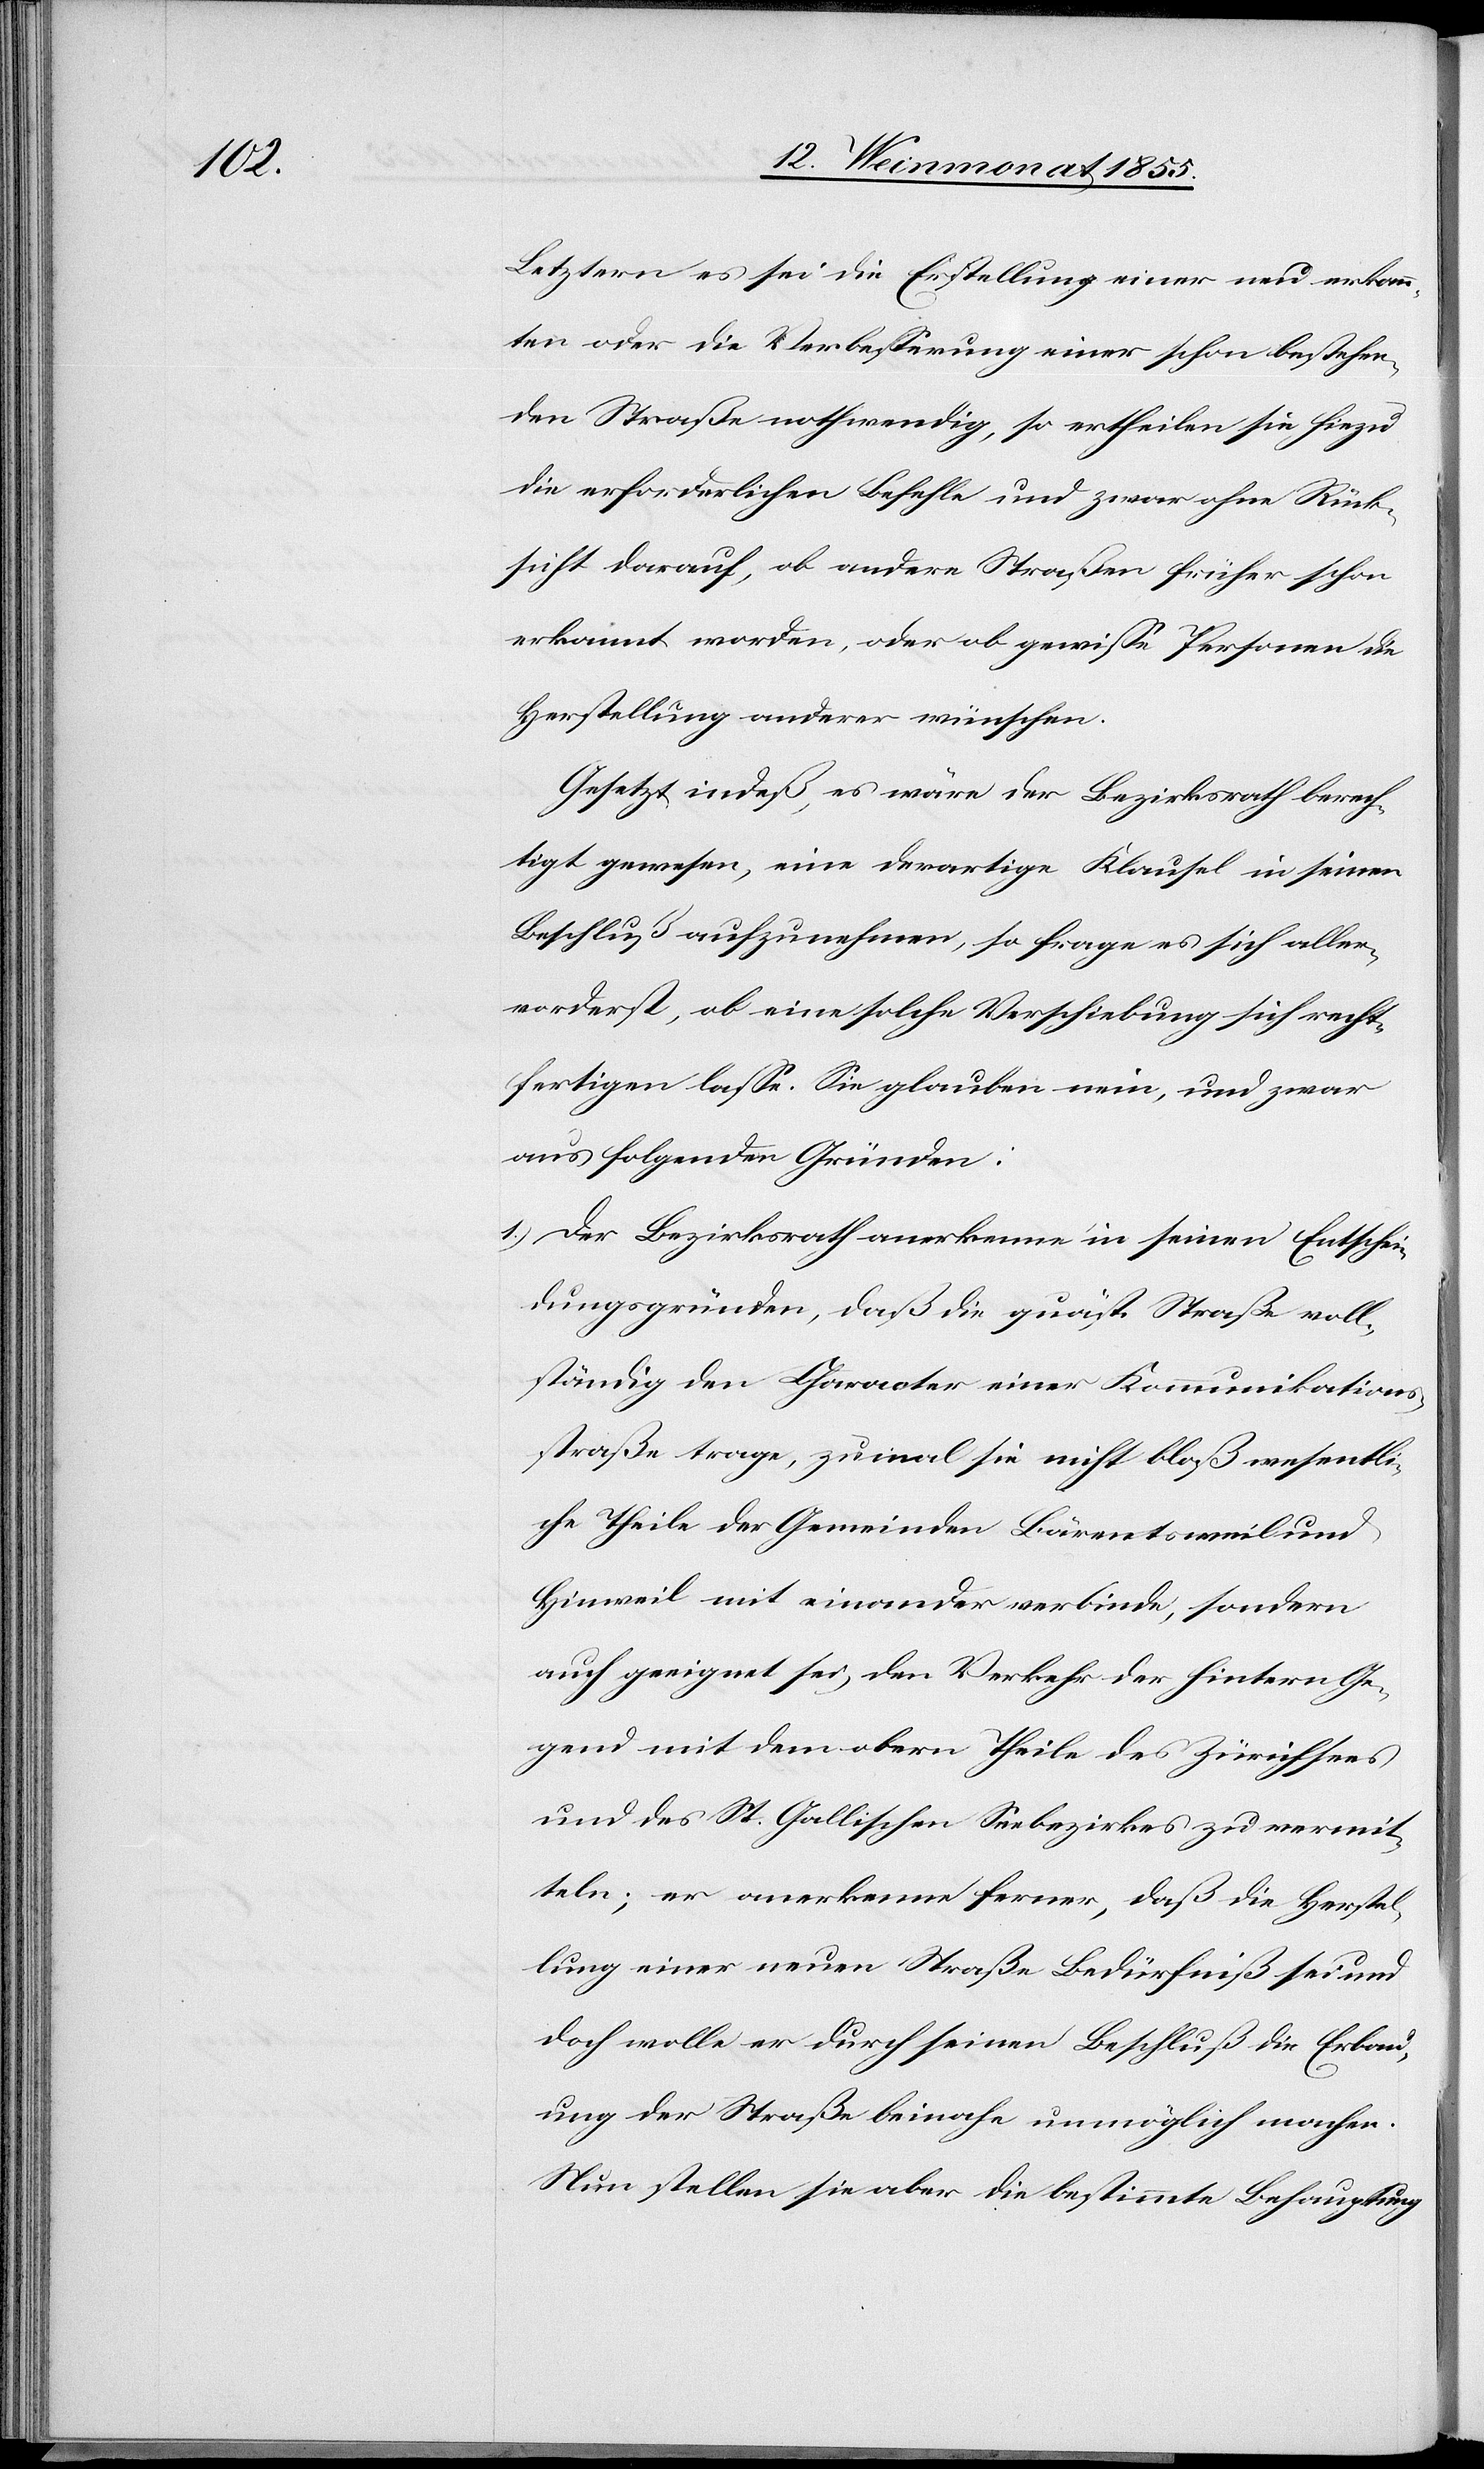
Letztern es sei die Erstellung einer neu erkann¬
ten oder die Verbesserung einer schon bestehen¬
den Straße nothwendig, so ertheilen sie hiezu
die erforderlichen Befehle und zwar ohne Rück¬
sicht darauf, ob andere Straßen früher schon
erkannt worden, oder ob gewisse Personen die
Herstellung anderer wünschen.
Gesetzt indeß, es wäre der Bezirksrath berech¬
tigt gewesen, eine derartige Klausel in seinen
Beschluß aufzunehmen, so frage es sich aller¬
vorderst, ob eine solche Verschiebung sich recht¬
fertigen lasse. Sie glauben nein, und zwar
aus folgenden Gründen:
Der Bezirksrath anerkenne in seinen Entschei¬
dungsgründen, daß die quäst. Straße voll¬
ständig den Character einer Kommunikations¬
straße trage, zumal sie nicht bloß wesentli¬
che Theile der Gemeinden Bärentsweil und
Hinweil mit einander verbinde, sondern
auch geeignet sei, den Verkehr der hintern Ge¬
gend mit dem obern Theile des Zürichsees
und des St. Gallischen Seebezirkes zu vermit¬
teln; er anerkenne ferner, daß die Herstel¬
lung einer neuen Straße Bedürfniß sei und
doch wolle er durch seinen Beschluß die Erbau¬
ung der Straße beinahe unmöglich machen.
Nun stellen sie aber die bestimmte Behauptung